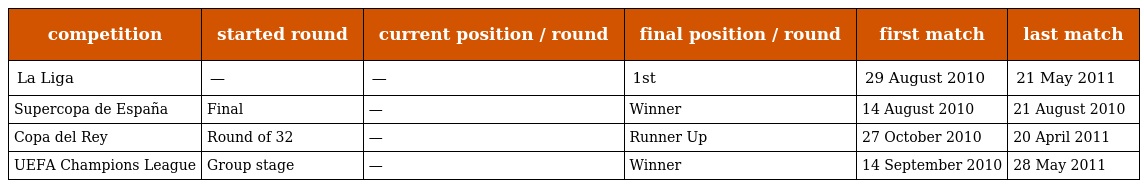
| competition | started round | current position / round | final position / round | first match | last match |
 | --- | --- | --- | --- | --- | --- |
 | La Liga | — | — | 1st | 29 August 2010 | 21 May 2011 |
 | Supercopa de España | Final | — | Winner | 14 August 2010 | 21 August 2010 |
 | Copa del Rey | Round of 32 | — | Runner Up | 27 October 2010 | 20 April 2011 |
 | UEFA Champions League | Group stage | — | Winner | 14 September 2010 | 28 May 2011 |